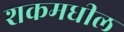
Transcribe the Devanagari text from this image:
शकमधील